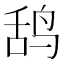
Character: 鸹